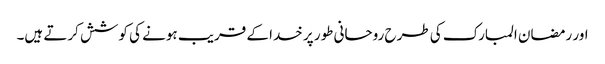
اور رمضان المبارک کی طرح روحانی طور پر خدا کے قریب ہونے کی کوشش کرتے ہیں۔